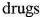
drugs